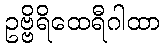
ဥဗ္ဗိရိထေရီဂါထာ